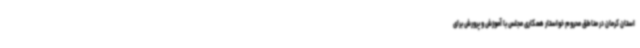
استان کرمان در مناطق محروم خواستار همکاری مجلس با آموزش و پرورش برای